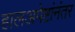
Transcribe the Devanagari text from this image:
हालअपेष्टांनंतर